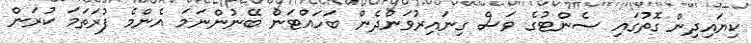
ކިޔައިދިން ގޮތުގައި ސެންޓުގެ ވަސް ގިނައިރުވަންދެން ބަހައްޓަން ބޭނުންނަމަ އެންމެ ފުރަތަމަ ކުރަން